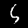
Digit: 5